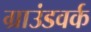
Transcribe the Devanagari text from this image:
ग्राउंडवर्क